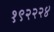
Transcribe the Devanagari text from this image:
१९२२२४